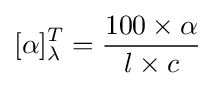
[\alpha ]_{\lambda }^{T}={\frac {100\times \alpha }{l\times c}}